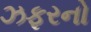
ઝફરનો